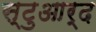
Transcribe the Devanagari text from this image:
स्टुआर्द